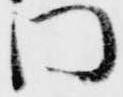
門